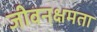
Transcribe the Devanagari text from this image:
जीवनक्षमता